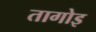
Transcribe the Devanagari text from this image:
तागोइ